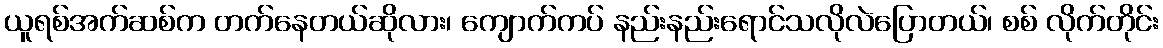
ယူရစ်အက်ဆစ်က တက်နေတယ်ဆိုလား၊ ကျောက်ကပ် နည်းနည်းရောင်သလိုလဲပြောတယ်၊ စစ် လိုက်တိုင်း